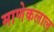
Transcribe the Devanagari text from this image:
माणेकलाल